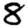
Digit: 8